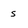
Character: s